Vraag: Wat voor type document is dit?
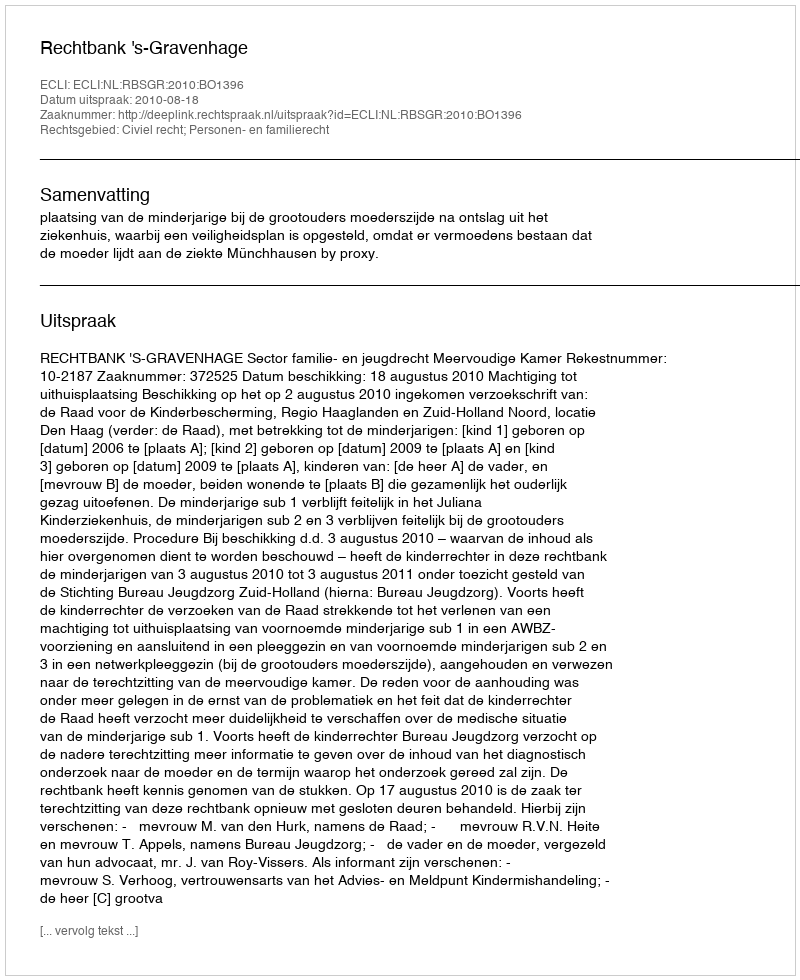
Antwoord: Uitspraak